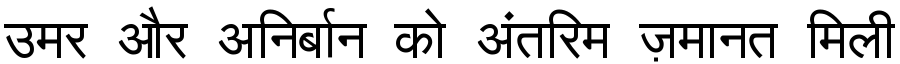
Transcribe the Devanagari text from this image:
उमर और अनिर्बान को अंतरिम ज़मानत मिली